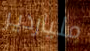
ملياردير